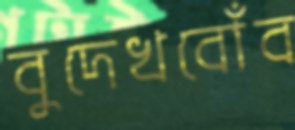
বুদেখবোঁব